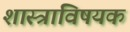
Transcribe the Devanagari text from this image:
शास्त्राविषयक